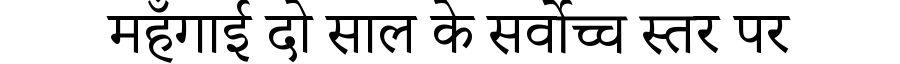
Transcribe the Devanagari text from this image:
महँगाई दो साल के सर्वोच्च स्तर पर